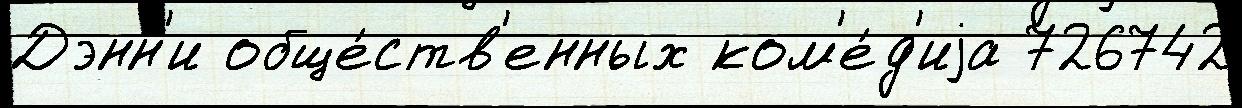
Дэнн'и обще́ств'енных ком'е́д'иjа 726742